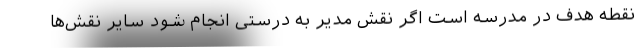
نقطه هدف در مدرسه است اگر نقش مدیر به درستی انجام شود سایر نقش‌ها